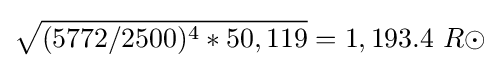
{\sqrt {(5772/2500)^{4}*50,119}}=1,193.4\ R\odot